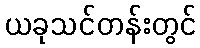
ယခုသင်တန်းတွင်